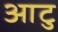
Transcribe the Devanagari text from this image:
आटु